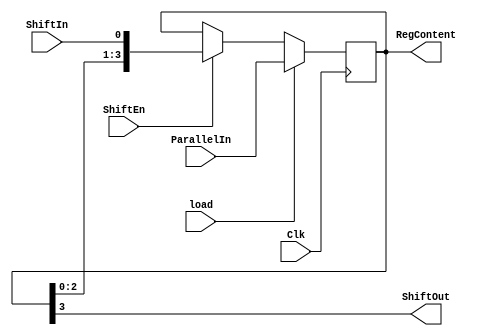
`timescale 1ns / 1ps
//////////////////////////////////////////////////////////////////////////////////
// Company: 
// Engineer: 
// 
// Design Name: 
// Module Name: Parallel_in_serial_out_load_enable_behavior
// Project Name: 
// Target Devices: 
// Tool Versions: 
// Description: 
// 
// Dependencies: 
// 
// Revision:
// Revision 0.01 - File Created
// Additional Comments:
// 
//////////////////////////////////////////////////////////////////////////////////


module Parallel_in_serial_out_load_enable_behavior(
    input Clk,
    input load,
    input ShiftEn,
    input ShiftIn,
    input [3:0] ParallelIn,
    output ShiftOut,
    output [3:0] RegContent
    );
    
    reg [3:0] shift_reg;
    
    always @(posedge Clk)
        if(load)
            shift_reg <= ParallelIn;
        else if (ShiftEn)
            shift_reg <= {shift_reg[2:0], ShiftIn};
            
    assign ShiftOut = shift_reg[3];
    assign RegContent = shift_reg;
    
endmodule